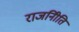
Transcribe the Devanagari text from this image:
राजनीिति